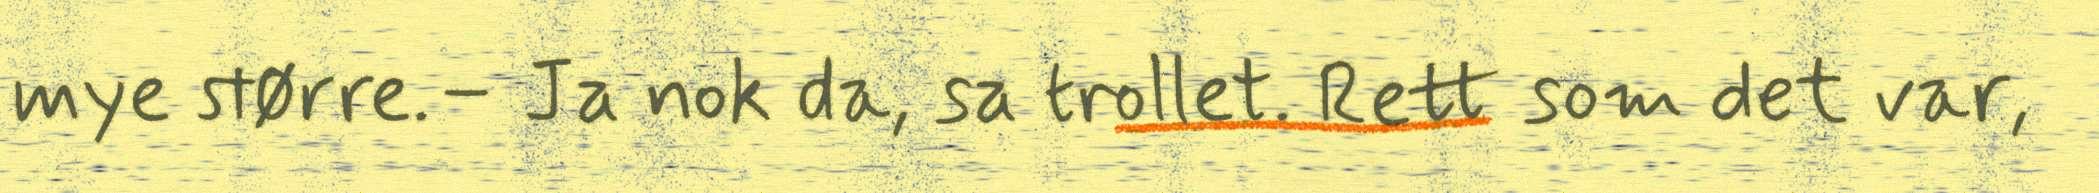
mye større.– Ja nok da, sa trollet. Rett som det var,